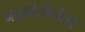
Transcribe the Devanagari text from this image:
नसबंदीनंतर